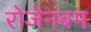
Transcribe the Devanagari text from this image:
रोजेनबम